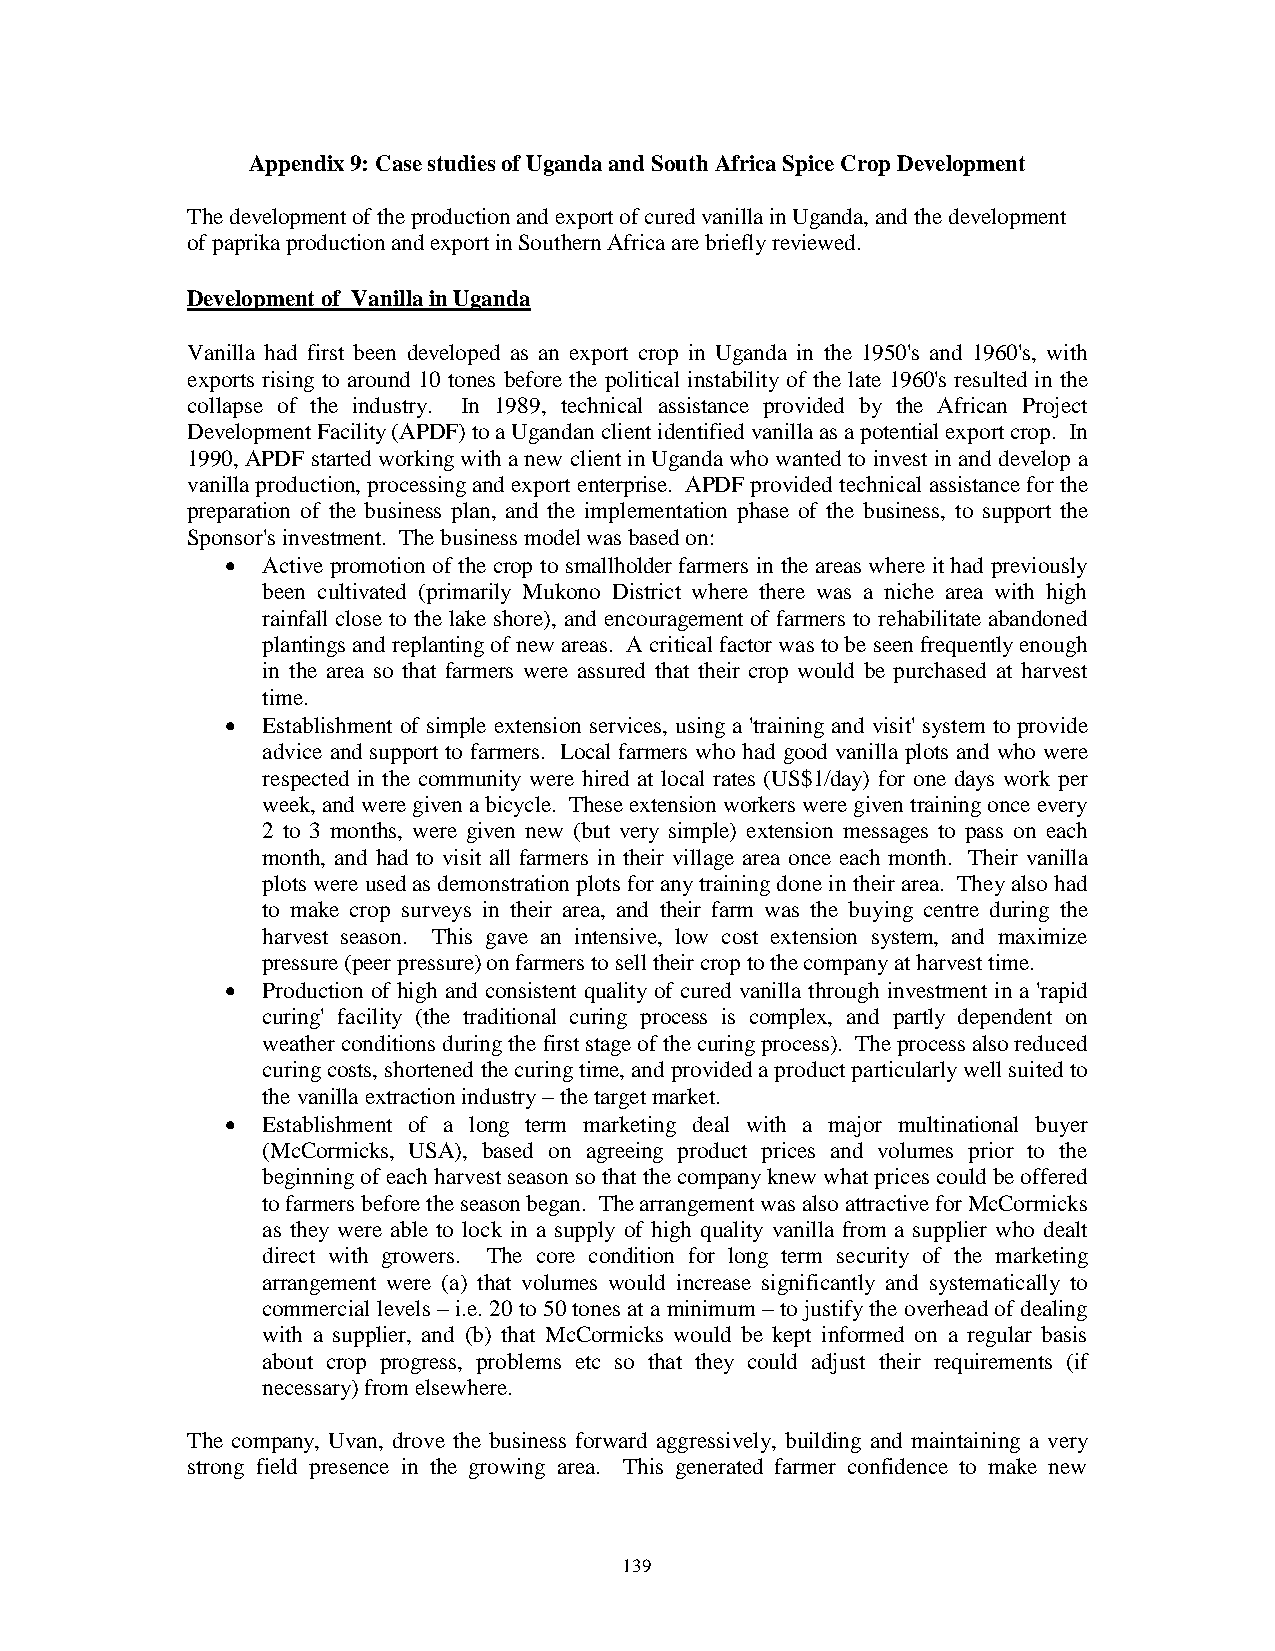
Appendix 9: Case studies of Uganda and South Africa Spice Crop Development
 The development of the production and export of cured vanilla in Uganda, and the development
 of paprika production and export in Southern Africa are briefly reviewed.
 Development of Vanilla in Uganda
 Vanilla had first been developed as an export crop in Uganda in the 1950's and 1960's, with
 exports rising to around 10 tones before the political instability of the late 1960's resulted in the
 collapse of the industry. In 1989, technical assistance provided by the African Project
 Development Facility (APDF) to a Ugandan client identified vanilla as a potential export crop. In
 1990, APDF started working with a new client in Uganda who wanted to invest in and develop a
 vanilla production, processing and export enterprise. APDF provided technical assistance for the
 preparation of the business plan, and the implementation phase of the business, to support the
 Sponsor's investment. The business model was based on:
 • Active promotion of the crop to smallholder farmers in the areas where it had previously
 been cultivated (primarily Mukono District where there was a niche area with high
 rainfall close to the lake shore), and encouragement of farmers to rehabilitate abandoned
 plantings and replanting of new areas. A critical factor was to be seen frequently enough
 in the area so that farmers were assured that their crop would be purchased at harvest
 time.
 • Establishment of simple extension services, using a 'training and visit' system to provide
 advice and support to farmers. Local farmers who had good vanilla plots and who were
 respected in the community were hired at local rates (US$1/day) for one days work per
 week, and were given a bicycle. These extension workers were given training once every
 2 to 3 months, were given new (but very simple) extension messages to pass on each
 month, and had to visit all farmers in their village area once each month. Their vanilla
 plots were used as demonstration plots for any training done in their area. They also had
 to make crop surveys in their area, and their farm was the buying centre during the
 harvest season. This gave an intensive, low cost extension system, and maximize
 pressure (peer pressure) on farmers to sell their crop to the company at harvest time.
 • Production of high and consistent quality of cured vanilla through investment in a 'rapid
 curing' facility (the traditional curing process is complex, and partly dependent on
 weather conditions during the first stage of the curing process). The process also reduced
 curing costs, shortened the curing time, and provided a product particularly well suited to
 the vanilla extraction industry – the target market.
 • Establishment of a long term marketing deal with a major multinational buyer
 (McCormicks, USA), based on agreeing product prices and volumes prior to the
 beginning of each harvest season so that the company knew what prices could be offered
 to farmers before the season began. The arrangement was also attractive for McCormicks
 as they were able to lock in a supply of high quality vanilla from a supplier who dealt
 direct with growers. The core condition for long term security of the marketing
 arrangement were (a) that volumes would increase significantly and systematically to
 commercial levels – i.e. 20 to 50 tones at a minimum – to justify the overhead of dealing
 with a supplier, and (b) that McCormicks would be kept informed on a regular basis
 about crop progress, problems etc so that they could adjust their requirements (if
 necessary) from elsewhere.
 The company, Uvan, drove the business forward aggressively, building and maintaining a very
 strong field presence in the growing area. This generated farmer confidence to make new
 139